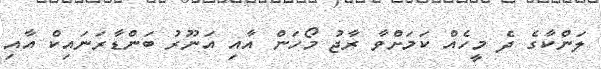
ލަންކާގެ ދެ މީހެއް ކަމަށްވާ ރާޖު މޯހަން އާއި އަނޫރު ބަންޑާރަނައިކް އާއި